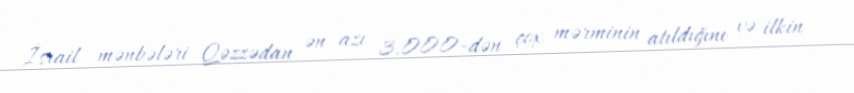
İsrail mənbələri Qəzzədan ən azı 3.000-dən çox mərminin atıldığını və ilkin